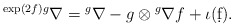
\begin{align*}{}^{\exp(2f)g}\nabla={}^g\nabla-g\otimes{}^g\nabla f+\iota(\d f).\end{align*}